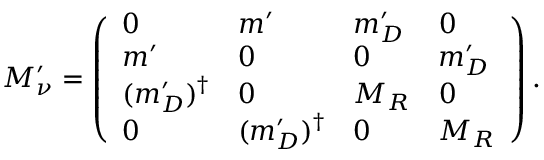
M _ { \nu } ^ { \prime } = \left( \begin{array} { l l l l } { { 0 } } & { { m ^ { \prime } } } & { { m _ { D } ^ { \prime } } } & { { 0 } } \\ { { m ^ { \prime } } } & { { 0 } } & { { 0 } } & { { m _ { D } ^ { \prime } } } \\ { { ( m _ { D } ^ { \prime } ) ^ { \dagger } } } & { { 0 } } & { { M _ { R } } } & { { 0 } } \\ { { 0 } } & { { ( m _ { D } ^ { \prime } ) ^ { \dagger } } } & { { 0 } } & { { M _ { R } } } \end{array} \right) .